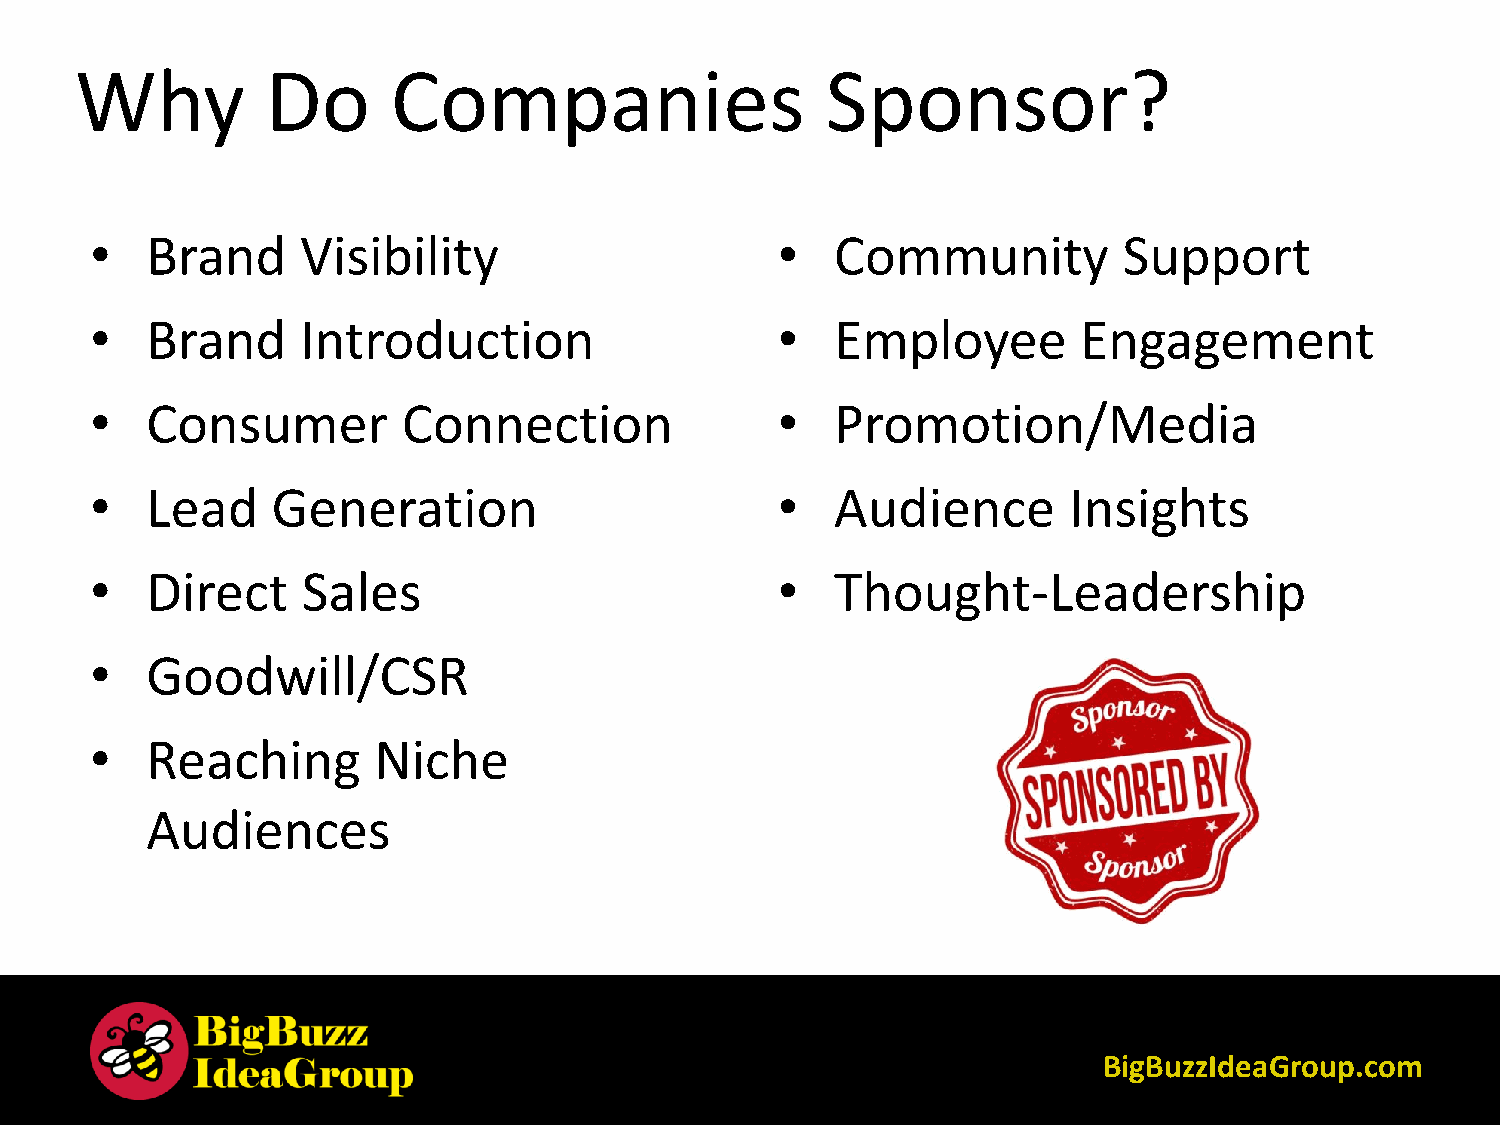
Why          Do      Companies                    Sponsor?
 •   Brand     Visibility                     •   Community          Support
 •   Brand     Introduction                   •   Employee        Engagement
 •   Consumer         Connection              •   Promotion/Media
 •   Lead    Generation                       •   Audience        Insights
 •   Direct    Sales                          •   Thought-Leadership
 •   Goodwill/CSR
 •   Reaching       Niche
 Audiences
 BigBuzzIdeaGroup.com